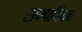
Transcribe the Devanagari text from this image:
सम्पत्तिका